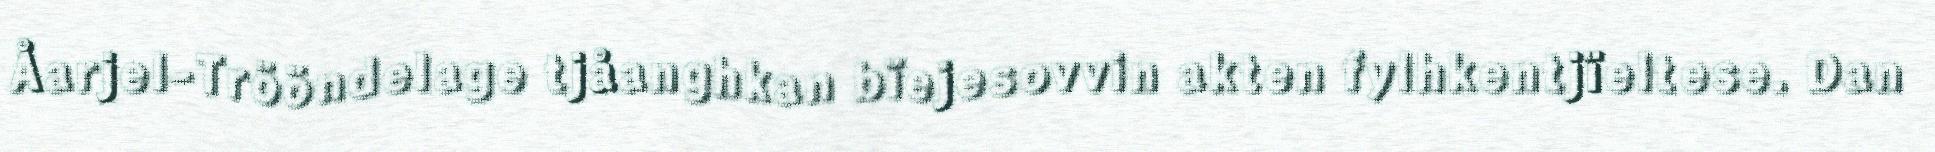
Åarjel-Trööndelage tjåanghkan bïejesovvin akten fylhkentjïeltese. Dan